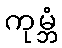
ကုမ္ဘံ